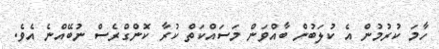
ހާމަ ކުރުމުން އެ ކުލަބުން ބާއްވަން މަސައްކަތް ކުރާ ކޮންގްރެސް ނުބޭއްނެ އެވެ.